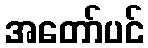
အတော်ပင်